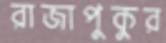
রাজাপুকুর